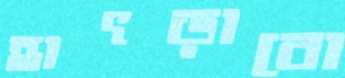
হাৎড়াবো